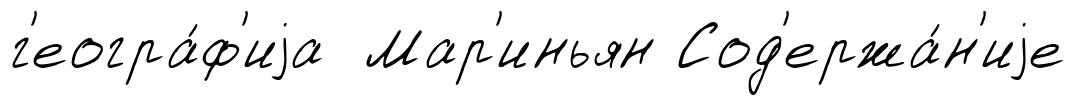
г'еогра́ф'иjа Мар'иньян Сод'ержа́н'иjе